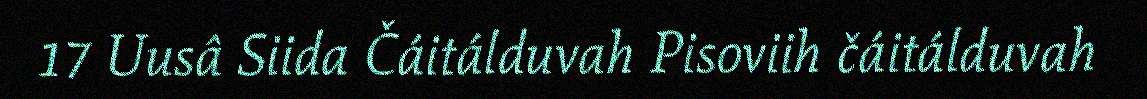
17 Uusâ Siida Čáitálduvah Pisoviih čáitálduvah